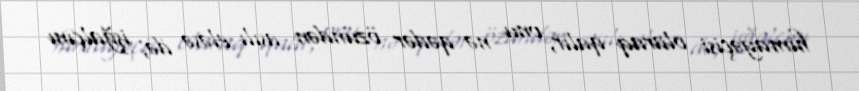
himayəçisi olaraq qalır, onu nə qədər özündən asılı eləsə də, işğalçını